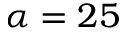
\alpha = 2 5